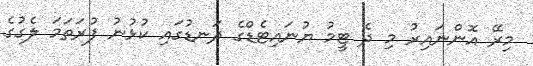
މިރޭ އޮންނައިރު މި ދެ ޓީމު ޔުނައިޓެޑްގެ ދަނޑުގައި ކުޅުނު ފުރަތަމަ ލެގުގެ